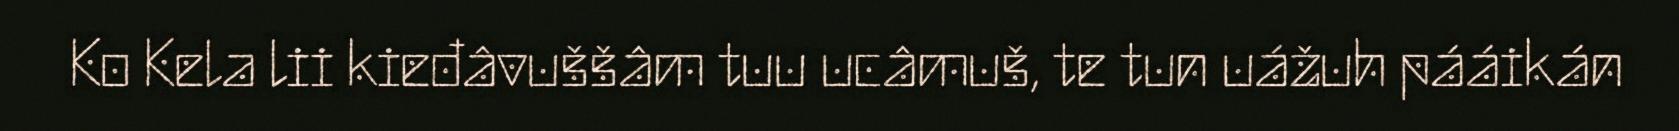
Ko Kela lii kieđâvuššâm tuu ucâmuš, te tun uážuh pááikán